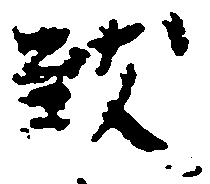
致